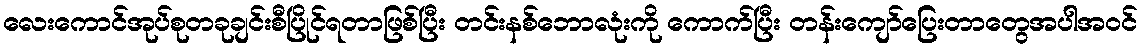
လေးကောင်အုပ်စုတခုချင်းစီပြိုင်ရတာဖြစ်ပြီး တင်းနစ်ဘောလုံးကို ကောက်ပြီး တန်းကျော်ပြေးတာတွေအပါအဝင်